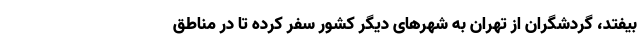
بیفتد، گردشگران از تهران به شهرهای دیگر کشور سفر کرده تا در مناطق